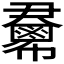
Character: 𢑺